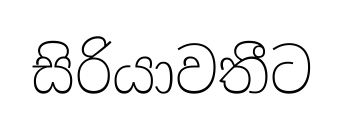
සිරියාවතීට